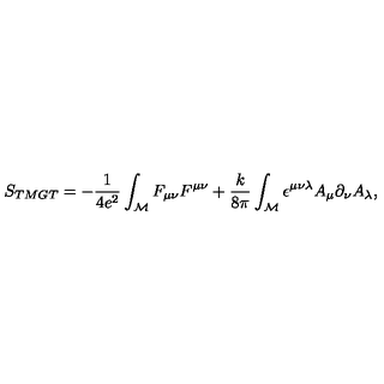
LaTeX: S _ { \tiny T M G T } = - \frac { 1 } { 4 e ^ { 2 } } \int _ { \cal M } F _ { \mu \nu } F ^ { \mu \nu } + \frac { k } { 8 \pi } \int _ { \cal M } \epsilon ^ { \mu \nu \lambda } A _ { \mu } \partial _ { \nu } A _ { \lambda } ,